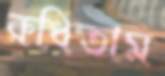
রুধিতাম